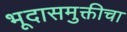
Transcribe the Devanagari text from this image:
भूदासमुक्तीचा